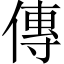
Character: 傳